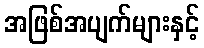
အဖြစ်အပျက်များနှင့်